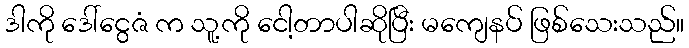
ဒါကို ဒေါ်ငွေဇံ က သူ့ကို ငေါ့တာပါဆိုပြီး မကျေနပ် ဖြစ်သေးသည်။